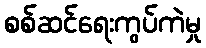
စစ်ဆင်ရေးကွပ်ကဲမှု